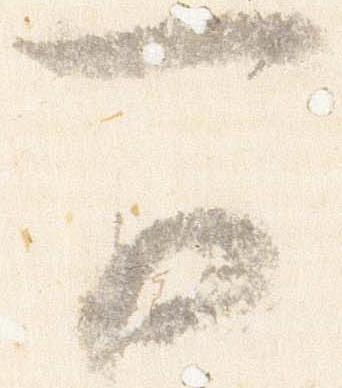
可